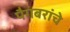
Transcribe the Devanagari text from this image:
पैगंबरांचे